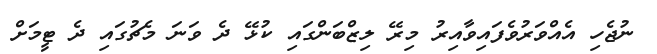
ނުޖެހި އެއްވަރުވެފައިވާއިރު މިރޭ ލިޒްބަންގައި ކުޅޭ ދެ ވަނަ މެޗުގައި ދެ ޓީމަށް